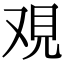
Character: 覌